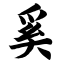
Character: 奚